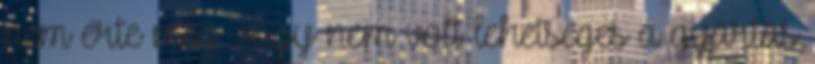
nem érte meg, vagy nem volt lehetséges a gyártás